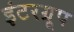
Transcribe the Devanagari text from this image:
इंटरग्रूप